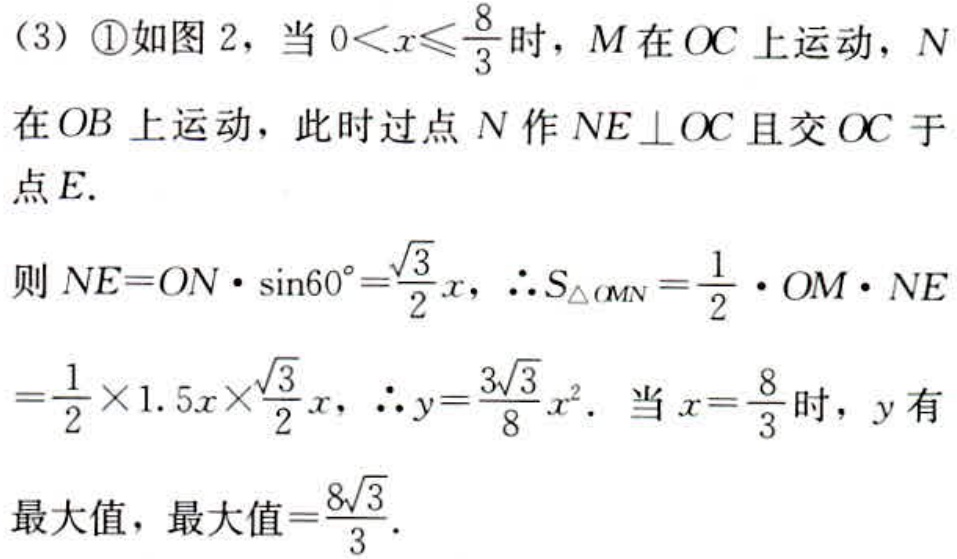
（3）\textcircled{1}如图 2，当 \(0 < x\leqslant\frac{8}{3}\) 时，\(M\) 在 \(OC\) 上运动，\(N\) 在 \(OB\) 上运动，此时过点 \(N\) 作 \(NE\perp OC\) 且交 \(OC\) 于点 \(E\).
则 \(NE = ON\cdot\sin60^{\circ}=\frac{\sqrt{3}}{2}x\)，\(\therefore S_{\triangle  CMN}=\frac{1}{2}\cdot OM\cdot NE=\frac{1}{2}\times1.5x\times\frac{\sqrt{3}}{2}x\)，\(\therefore y = \frac{3\sqrt{3}}{8}x^{2}\). 当 \(x = \frac{8}{3}\) 时，\(y\) 有最大值，最大值\(=\frac{8\sqrt{3}}{3}\).